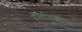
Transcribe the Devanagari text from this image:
टारजिओनिया